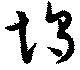
埒